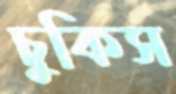
চুকিস